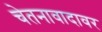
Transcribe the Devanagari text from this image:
चेतनावादावर